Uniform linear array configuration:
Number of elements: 12
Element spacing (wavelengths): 0.25
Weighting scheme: hamming
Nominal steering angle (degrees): -30
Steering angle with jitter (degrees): -30.582
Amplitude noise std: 0.05
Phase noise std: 0.05

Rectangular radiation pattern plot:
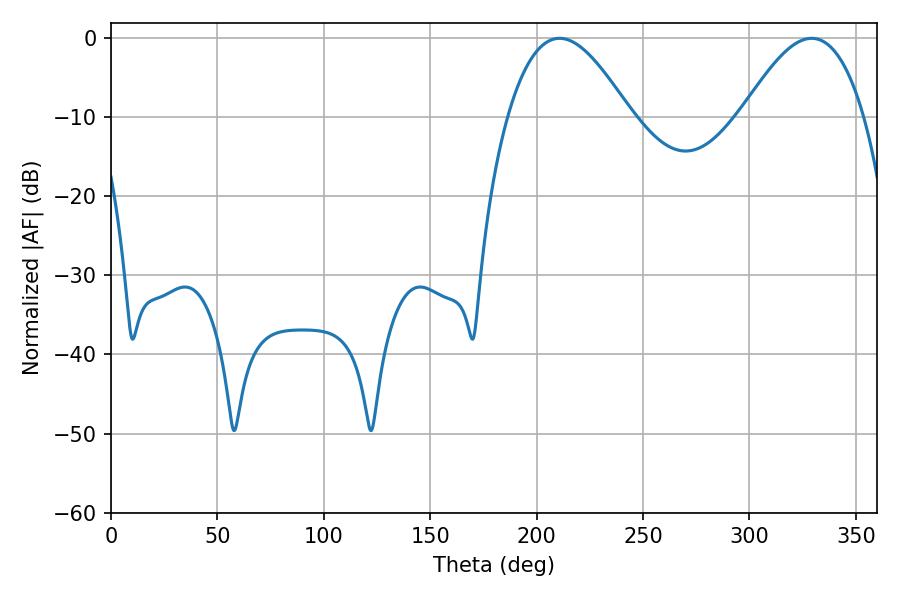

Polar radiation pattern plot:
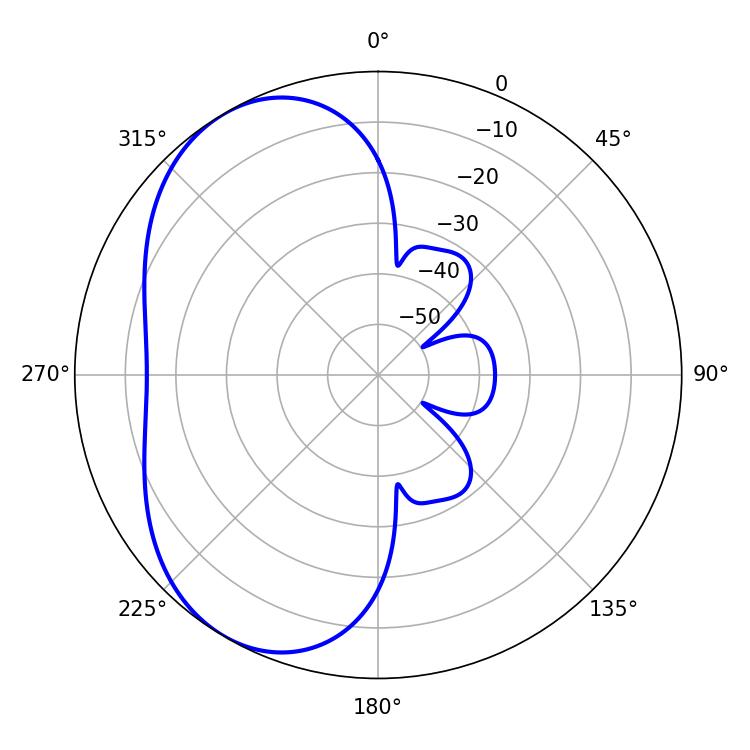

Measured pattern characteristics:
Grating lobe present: FALSE
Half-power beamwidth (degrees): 31.32
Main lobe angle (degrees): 210.78